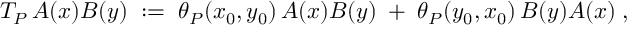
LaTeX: T _ { P } \, A ( x ) B ( y ) \; : = \; \theta _ { P } ( x _ { 0 } , y _ { 0 } ) \, A ( x ) B ( y ) \; + \; \theta _ { P } ( y _ { 0 } , x _ { 0 } ) \, B ( y ) A ( x ) \; ,